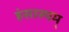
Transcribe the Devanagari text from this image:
हंसास्यम्